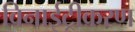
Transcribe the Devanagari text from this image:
विनाईट्रीकरण